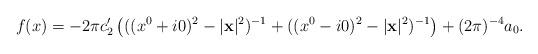
LaTeX: \begin{align*}f(x) = - 2\pi c_{2}^{\prime }\left( ((x^{0} + i0)^{2} - |{\bf x}|^{2})^{- 1} +((x^{0} - i0)^{2} - |{\bf x}|^{2})^{- 1} \right) + (2\pi )^{- 4}a_{0}.\end{align*}